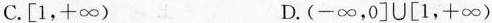
C.[1，+∞) D.(-∞，0]U[1，+∞)